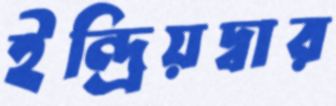
ইন্দ্রিয়দ্বার